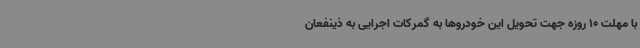
با مهلت 10 روزه جهت تحویل این خودروها به گمرکات اجرایی به ذینفعان